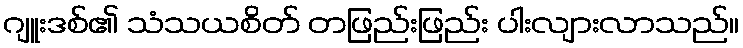
ဂျူးဒစ်၏ သံသယစိတ် တဖြည်းဖြည်း ပါးလျားလာသည်။